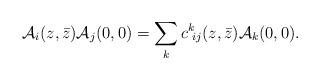
LaTeX: \begin{align*}{\cal A}_i(z,\bar z) {\cal A}_j(0,0)= \sum_k c^k\!_{ij}(z,\bar z){\cal A}_k(0,0). \end{align*}